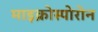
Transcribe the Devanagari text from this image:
माइक्रोस्पोरोन